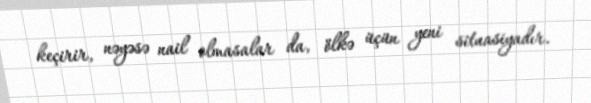
keçirir, nəyəsə nail olmasalar da, ölkə üçün yeni situasiyadır.